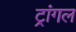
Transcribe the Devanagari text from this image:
ट्रांगल